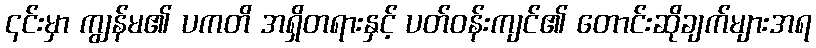
၎င်းမှာ ကျွန်မ၏ ပကတိ အရှိတရားနှင့် ပတ်ဝန်းကျင်၏ တောင်းဆိုချက်များအရ